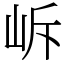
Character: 𡶜